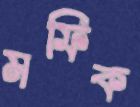
মফিক